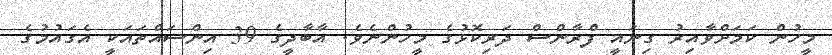
މީހުން ކަމަށްވާއިރު ގިނައީ ފްރާންސް ދަރިކޮޅުގެ މީހުންނެވެ. އާބާދީގެ 39 އިންސައްތައަކީ އެގައުމުގެ